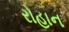
રોહાન